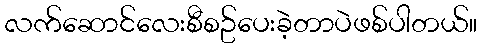
လက်ဆောင်လေးစီစဥ်ပေးခဲ့တာပဲဖစ်ပါတယ်။